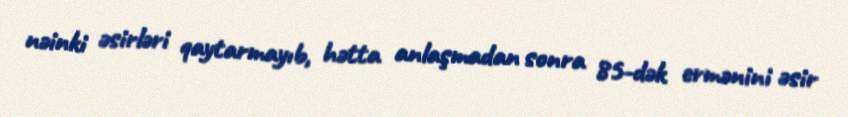
nəinki əsirləri qaytarmayıb, hətta anlaşmadan sonra 85-dək ermənini əsir